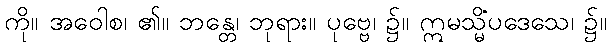
ကို။ အဝေါစ၊ ၏။ ဘန္တေ၊ ဘုရား။ ပုဗ္ဗေ၊ ၌။ ဣမသ္မိံပဒေသေ၊ ၌။